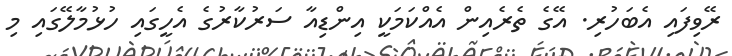
ރޭވިފައި އެބަހުރި. އޭގެ ތެރެއިން އެއްކަމަކީ އިންޑިއާ ސަރުކާރުގެ އެހީގައި ހުޅުމާލޭގައި މި